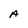
Character: A